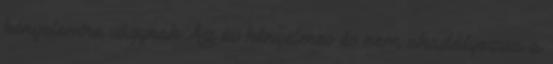
kényelemre vágynak Az öv kényelmes és nem akadályozza a